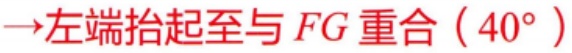
$\to$左端抬起至与 \(FG\) 重合（\(40^{\circ}\)）